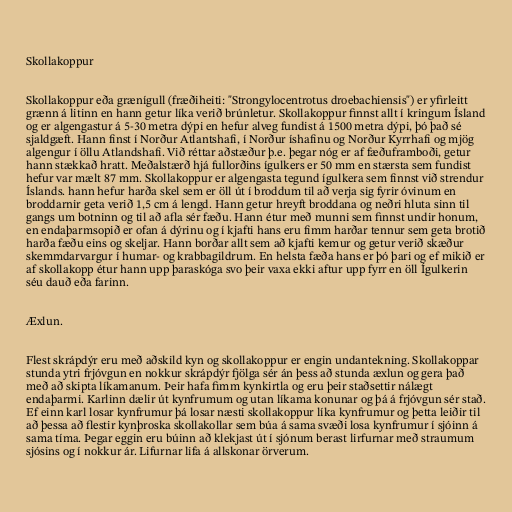
Skollakoppur

Skollakoppur eða grænígull (fræðiheiti: "Strongylocentrotus droebachiensis") er yfirleitt
grænn á litinn en hann getur líka verið brúnletur. Skollakoppur finnst allt í kringum Ísland
og er algengastur á 5-30 metra dýpi en hefur alveg fundist á 1500 metra dýpi, þó það sé
sjaldgæft. Hann finst í Norður Atlantshafi, í Norður íshafinu og Norður Kyrrhafi og mjög
algengur í öllu Atlandshafi. Við réttar aðstæður þ.e. þegar nóg er af fæðuframboði, getur
hann stækkað hratt. Meðalstærð hjá fullorðins ígulkers er 50 mm en stærsta sem fundist
hefur var mælt 87 mm. Skollakoppur er algengasta tegund ígulkera sem finnst við strendur
Íslands. hann hefur harða skel sem er öll út í broddum til að verja sig fyrir óvinum en
broddarnir geta verið 1,5 cm á lengd. Hann getur hreyft broddana og neðri hluta sinn til
gangs um botninn og til að afla sér fæðu. Hann étur með munni sem finnst undir honum,
en endaþarmsopið er ofan á dýrinu og í kjafti hans eru fimm harðar tennur sem geta brotið
harða fæðu eins og skeljar. Hann borðar allt sem að kjafti kemur og getur verið skæður
skemmdarvargur í humar- og krabbagildrum. En helsta fæða hans er þó þari og ef mikið er
af skollakopp étur hann upp þaraskóga svo þeir vaxa ekki aftur upp fyrr en öll Ígulkerin
séu dauð eða farinn.

Æxlun.

Flest skrápdýr eru með aðskild kyn og skollakoppur er engin undantekning. Skollakoppar
stunda ytri frjóvgun en nokkur skrápdýr fjölga sér án þess að stunda æxlun og gera það
með að skipta líkamanum. Þeir hafa fimm kynkirtla og eru þeir staðsettir nálægt
endaþarmi. Karlinn dælir út kynfrumum og utan líkama konunar og þá á frjóvgun sér stað.
Ef einn karl losar kynfrumur þá losar næsti skollakoppur líka kynfrumur og þetta leiðir til
að þessa að flestir kynþroska skollakollar sem búa á sama svæði losa kynfrumur í sjóinn á
sama tíma. Þegar eggin eru búinn að klekjast út í sjónum berast lirfurnar með straumum
sjósins og í nokkur ár. Lifurnar lifa á allskonar örverum.